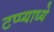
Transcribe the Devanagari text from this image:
टप्प्याध्ये